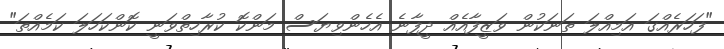
"ފަހަރެއްގަ އަމިއްލަ ތަނަކުން ވަޒީފާއެއް ދީފާނެ އެހެންވިޔަސް މަންކޮ ކުރާހިތްވަނީ ކޮންކަހަލަ ކަމެއްތަ"